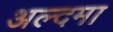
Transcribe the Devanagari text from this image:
अल्दमा